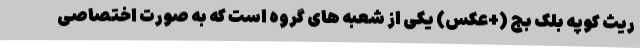
ریث کوپه بلک بج (+عکس) یکی از شعبه های گروه است که به صورت اختصاصی